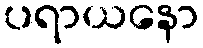
ပရာယနော